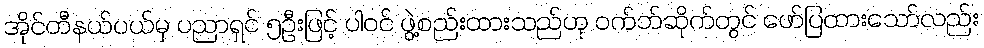
အိုင်တီနယ်ပယ်မှ ပညာရှင် ၅ဦးဖြင့် ပါဝင် ဖွဲ့စည်းထားသည်ဟု ဝက်ဘ်ဆိုက်တွင် ဖော်ပြထားသော်လည်း